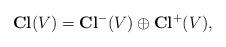
LaTeX: \begin{align*}\mathbf{Cl}(V)=\mathbf{Cl}^-(V) \oplus \mathbf{Cl}^+(V),\end{align*}